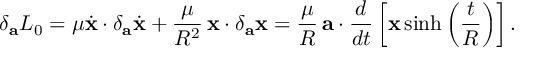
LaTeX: \delta _ { \bf a } { \cal L } _ { 0 } = \mu \dot { \bf x } \cdot \delta _ { \bf a } \dot { \bf x } + \frac { \mu } { R ^ { 2 } } \, { \bf x } \cdot \delta _ { \bf a } { \bf x } = \frac { \mu } { R } \, { \bf a } \cdot \frac { d } { d t } \left[ { \bf x } \sinh \left( \frac { t } { R } \right) \right] .